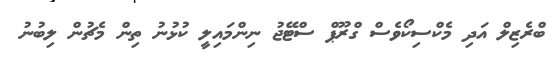
ބްރެޒިލް އަދި މެކްސިކޯވެސް ގްރޫޕް ސްޓޭޖު ނިންމައިލީ ކުޅުނު ތިން މެޗުން ލިބުނު